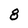
Character: 8